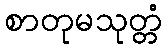
စာတုမသုတ္တံ